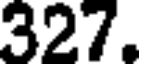
327.